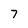
Character: 7